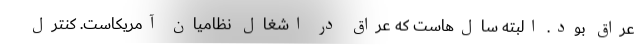
عراق بود. البته سال‌هاست که عراق در اشغال نظامیان آمریکاست. کنترل